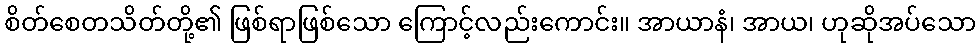
စိတ်စေတသိတ်တို့၏ ဖြစ်ရာဖြစ်သော ကြောင့်လည်းကောင်း။ အာယာနံ၊ အာယ၊ ဟုဆိုအပ်သော